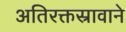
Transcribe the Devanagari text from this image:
अतिरक्तस्रावाने